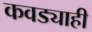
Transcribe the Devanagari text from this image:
कवड्याही